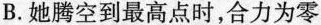
B.她腾空到最高点时，合力为零